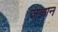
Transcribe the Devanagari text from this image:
जज्ञानं